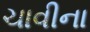
ચાવીના